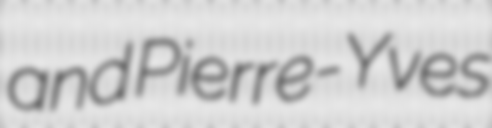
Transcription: and Pierre-Yves